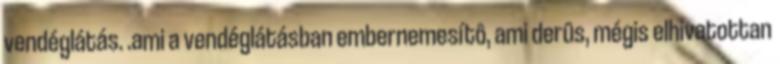
vendéglátás. .ami a vendéglátásban embernemesítô, ami derûs, mégis elhivatottan